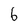
Character: 6